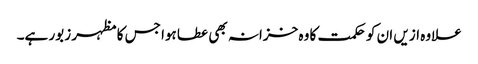
علاوہ ازیں ان کو حکمت کا وہ خزانہ بھی عطا ہوا جس کا مظہر زبور ہے۔